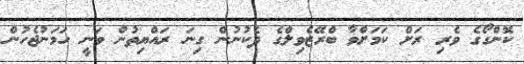
ކޮންގޯގެ ވެރި ރަށް ކަމަށްވާ ބްރޭޒެވިލްގެ ދެކުނުން ގިނަ ރައްޔިތުން ވަނީ ހަމަނުޖެހުން